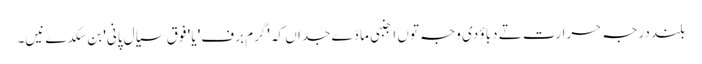
بلند درجہ حرارت تے دباؤ دی وجہ تو‏ں اجنبی مادّے جداں کہ 'گرم برف' یا ' فوق سیال پانی' بن سکدے نیں۔